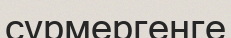
сұрмергенге